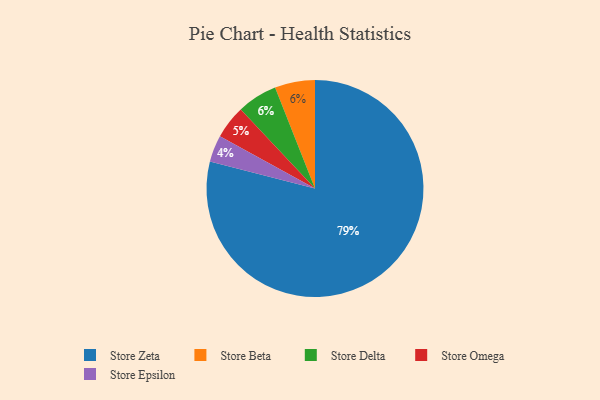
{"axis": {"x": "Category", "y": "Percentage"}, "legend": ["Store Beta", "Store Delta", "Store Epsilon", "Store Omega", "Store Zeta"], "data": [{"x": "Store Zeta", "y": 79, "type": "Store Zeta"}, {"x": "Store Beta", "y": 6, "type": "Store Beta"}, {"x": "Store Omega", "y": 5, "type": "Store Omega"}, {"x": "Store Epsilon", "y": 4, "type": "Store Epsilon"}, {"x": "Store Delta", "y": 6, "type": "Store Delta"}]}